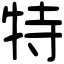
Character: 特